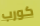
كورب